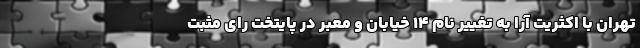
تهران با اکثریت آرا به تغییر نام ۱۴ خیابان و معبر در پایتخت رای مثبت